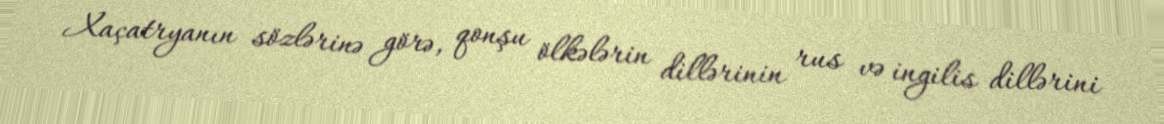
Xaçatryanın sözlərinə görə, qonşu ölkələrin dillərinin rus və ingilis dillərini